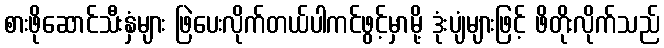
စားဖိုဆောင်သီးနှံများ ဖြဲပေးလိုက်တယ်ပါကင်ဖွင့်မှာမို့ ဒုံးပျံများဖြင့် ဖိတိုးလိုက်သည်